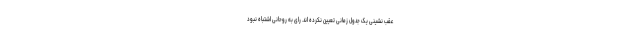
عقب نشینی یک جدول زمانی تعیین نکرده اند. رای به روحانی اشتباه نبود